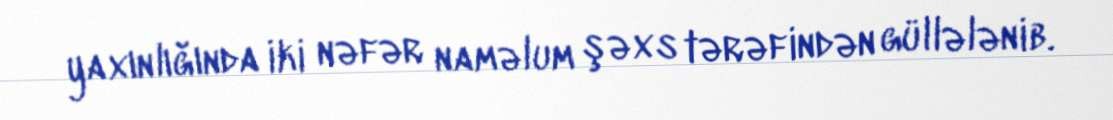
yaxınlığında iki nəfər naməlum şəxs tərəfindən güllələnib.